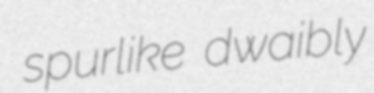
spurlike dwaibly